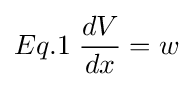
Eq.1\;{\frac {dV}{dx}}=w